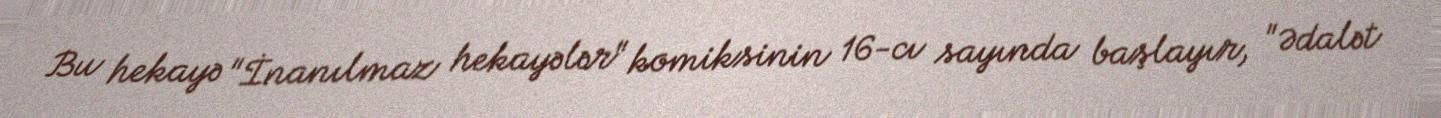
Bu hekayə "İnanılmaz hekayələr" komiksinin 16-cı sayında başlayır, "Ədalət